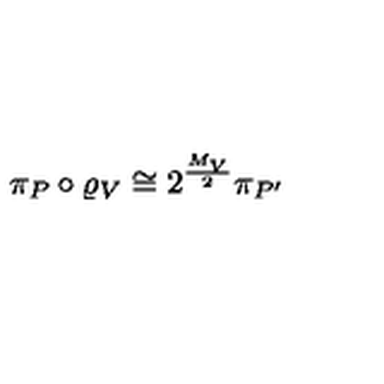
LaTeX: \pi _ { P } \circ \varrho _ { V } \cong 2 ^ { \frac { M _ { V } } { 2 } } \pi _ { P ^ { \prime } }